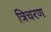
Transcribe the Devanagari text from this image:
त्रिचरण